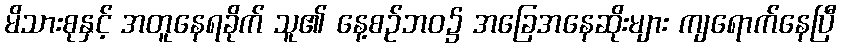
မိသားစုနှင့် အတူနေရခိုက် သူ၏ နေ့စဉ်ဘဝ၌ အခြေအနေဆိုးများ ကျရောက်နေပြီ